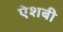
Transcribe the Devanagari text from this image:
ऐशबी